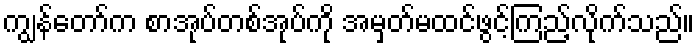
ကျွန်တော်က စာအုပ်တစ်အုပ်ကို အမှတ်မထင်ဖွင့်ကြည့်လိုက်သည်။